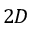
2 D